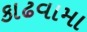
કાઢવામા